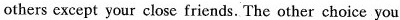
others except your close friends. The other choice you